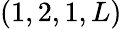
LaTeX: (1,2,1,L)